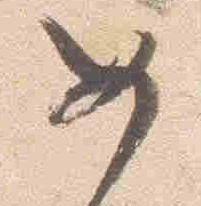
女